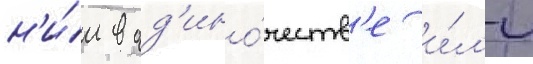
н'и́м в од'ино́честв'е и́л'и